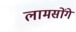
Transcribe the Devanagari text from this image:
लामसोंगे